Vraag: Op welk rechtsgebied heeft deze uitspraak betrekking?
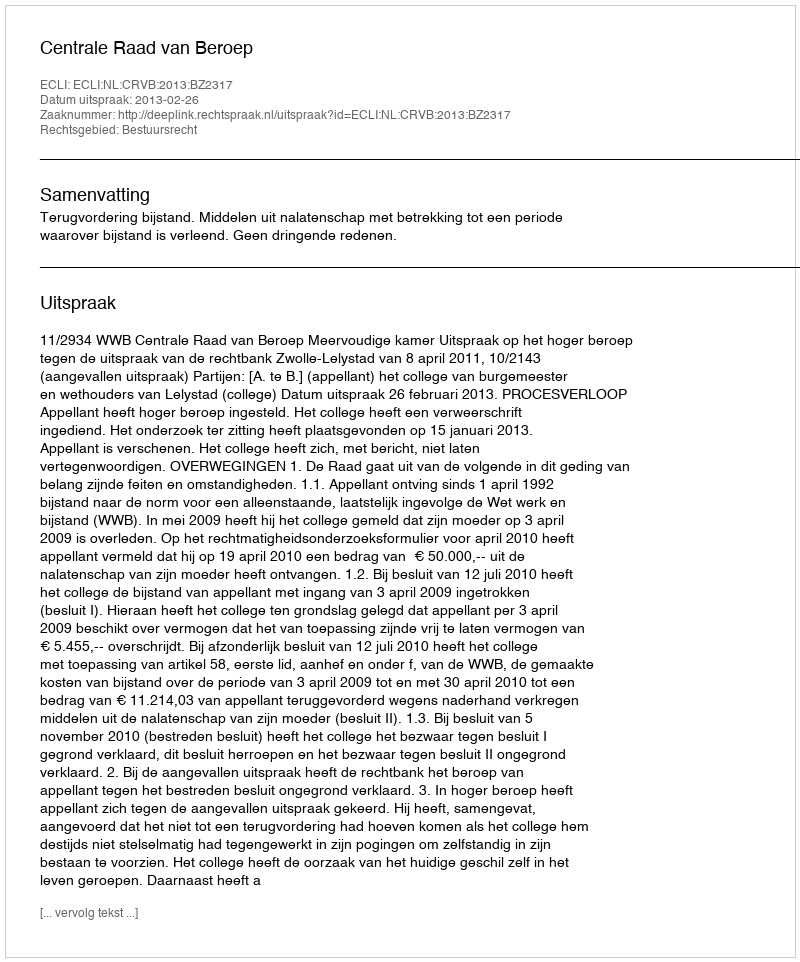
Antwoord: Bestuursrecht